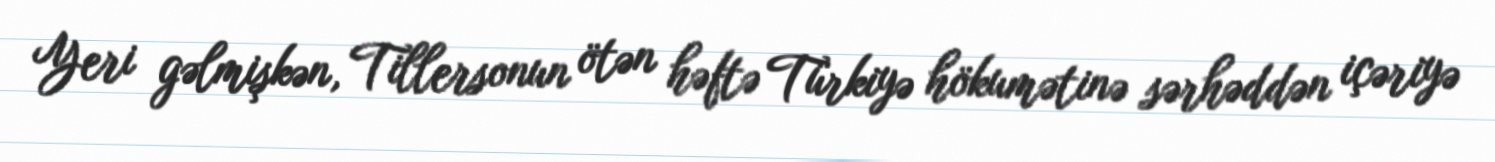
Yeri gəlmişkən, Tillersonun ötən həftə Türkiyə hökumətinə sərhəddən içəriyə